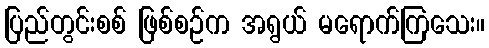
ပြည်တွင်းစစ် ဖြစ်စဉ်က အရွယ် မရောက်ကြသေး။